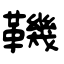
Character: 鞿